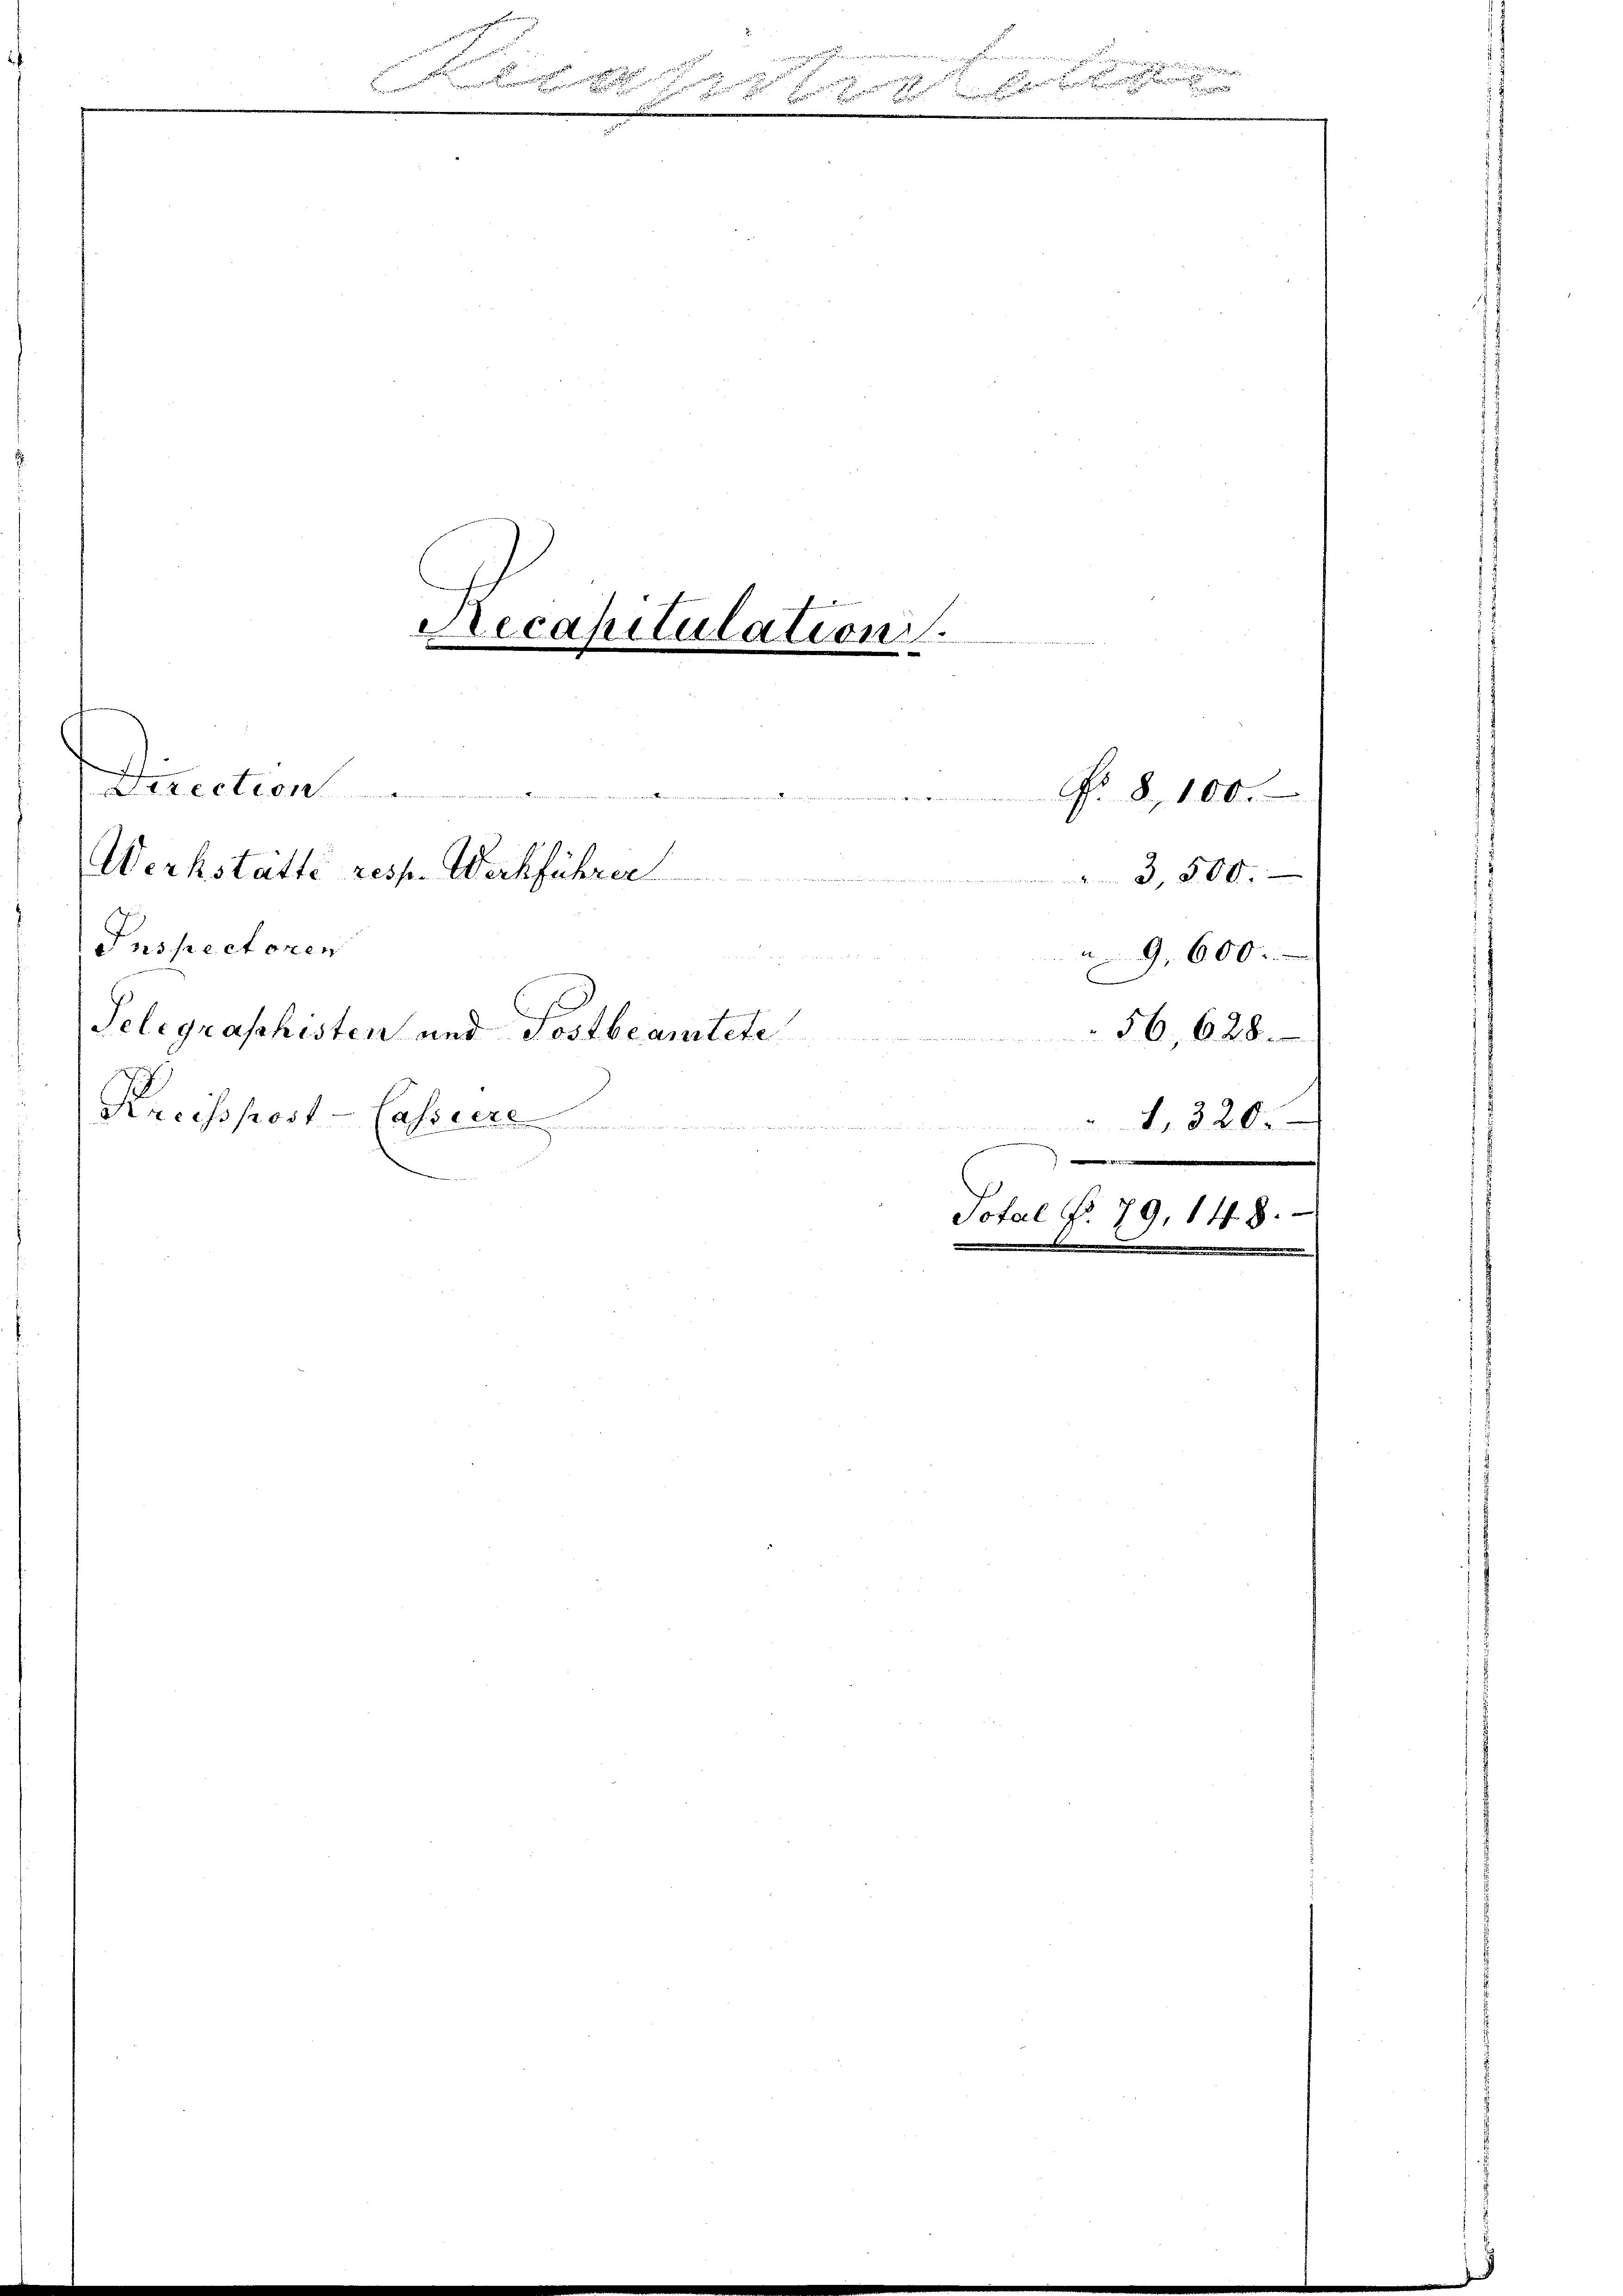
Direction.
Werkstätte resp. Werkführer
Inspectoren
Telegraphisten und Postbeamtete

Kreissport-Cassere

e

m

Recapitulation.

Total No. 79, 148.
1
2
m

No. 8, 100.
3,500.
9,600.
56,628.
1, 320.